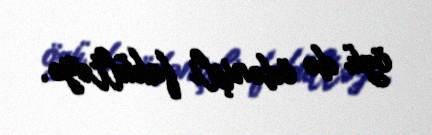
özü də ödənişli fakültəyə.